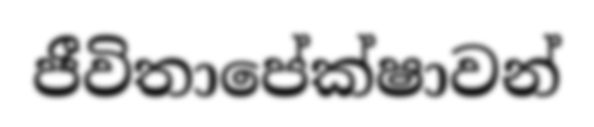
ජීවිතාපේක්ෂාවන්